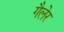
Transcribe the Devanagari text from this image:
गैलेर